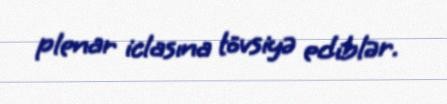
plenar iclasına tövsiyə ediblər.